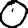
Digit: 0